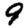
Digit: 9